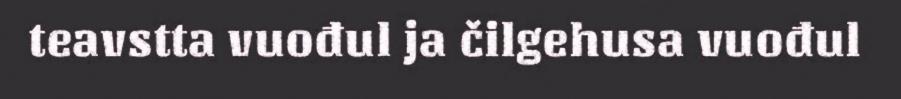
teavstta vuođul ja čilgehusa vuođul